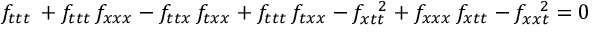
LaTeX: f _ { t t t } \, + f _ { t t t } \, f _ { x x x } - f _ { t t x } \, f _ { t x x } + f _ { t t t } \, f _ { t x x } - f _ { x t t } ^ { \; \; \; 2 } + f _ { x x x } \, f _ { x t t } - f _ { x x t } ^ { \; \; \; 2 } = 0